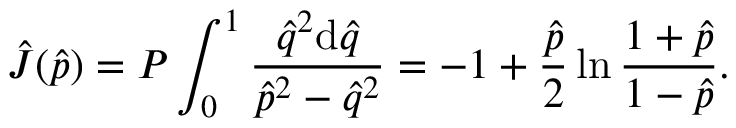
\hat { J } ( \hat { p } ) = { \cal P } \int _ { 0 } ^ { 1 } \frac { \hat { q } ^ { 2 } \mathrm { d } \hat { q } } { \hat { p } ^ { 2 } - \hat { q } ^ { 2 } } = - 1 + \frac { \hat { p } } { 2 } \ln { \frac { 1 + \hat { p } } { 1 - \hat { p } } } .